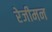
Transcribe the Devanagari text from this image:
रेजीमन